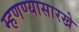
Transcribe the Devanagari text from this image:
म्हणण्यासारखे